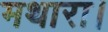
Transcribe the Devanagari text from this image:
मथारा।